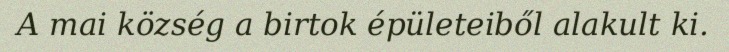
A mai község a birtok épületeiből alakult ki.